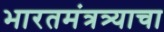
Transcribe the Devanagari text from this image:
भारतमंत्रत्र्याचा